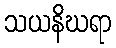
သယနိဃရာ